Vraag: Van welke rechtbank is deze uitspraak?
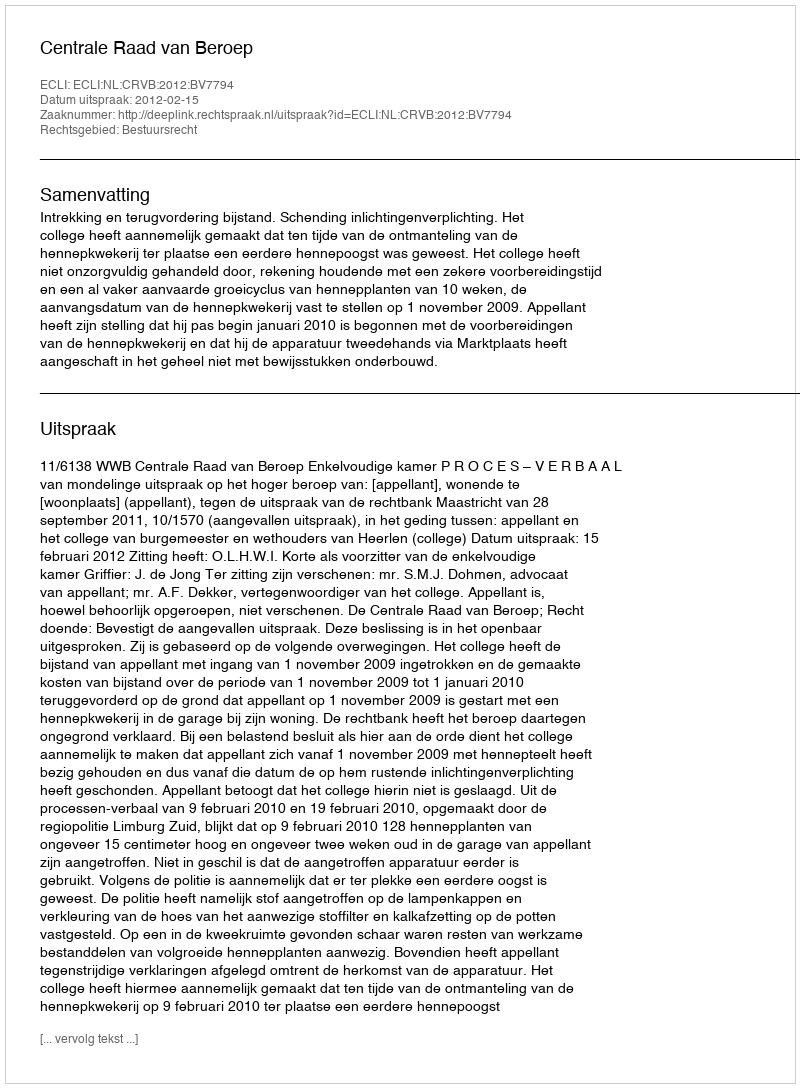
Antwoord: Centrale Raad van Beroep